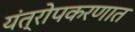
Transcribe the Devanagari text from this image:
यंत्रोपकरणात